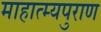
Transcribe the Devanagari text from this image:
माहात्म्यपुराण